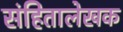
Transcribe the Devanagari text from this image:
संहितालेखक